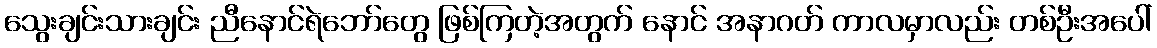
သွေးချင်းသားချင်း ညီနောင်ရဲဘော်တွေ ဖြစ်ကြတဲ့အတွက် နောင် အနာဂတ် ကာလမှာလည်း တစ်ဦးအပေါ်